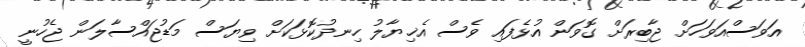
އަވަސްއަވަހަށް ޖާބިރަށް ގޮވަން އުޅެފައި ވެސް އެޚިޔާލު ހިނދުކޮޅަކަށް ވިޔަސް މަޑުޖައްސާލަން ޖެހުނީ